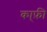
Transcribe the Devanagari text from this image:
का्फ़ी